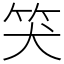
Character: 𥬇